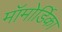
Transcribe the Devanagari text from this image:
मॉमोर्डिका